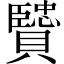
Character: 贒